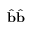
\hat { \mathbf { b } } \hat { \mathbf { b } }